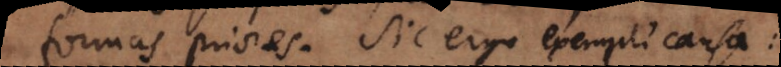
formas priores. Sic ergo exempli causa: